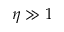
\eta \gg 1